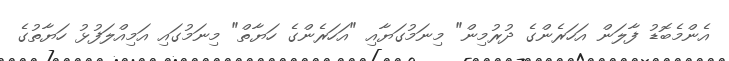
އެންމެބޮޑު ފާލަން އަހަރެންގެ ދުރުމިން" މިނަމުގަޔާއި "އަހަރެންގެ ހަޔާތް" މިނަމުގައި އަމިއްލަފުޅު ހަޔާތުގެ